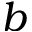
b